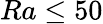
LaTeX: Ra\leq 50